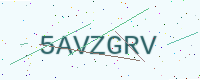
Text: 5AVZGRV